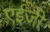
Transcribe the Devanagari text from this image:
एईजी